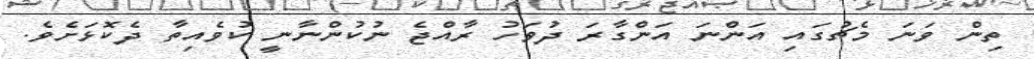
ތިން ވަނަ މެޗުގައި އަންނަ އަންގާރަ ދުވަހު ރާއްޖެ ނުކުންނާނީ ކުވެއިތާ ދެކޮޅަށެވެ.